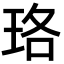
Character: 珞